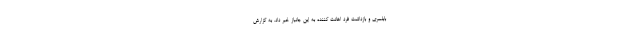
بابلسری و بازداشت فرد اهانت کننده به این جانباز خبر داد. به گزارش